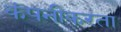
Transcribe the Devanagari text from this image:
कंपनीकरता